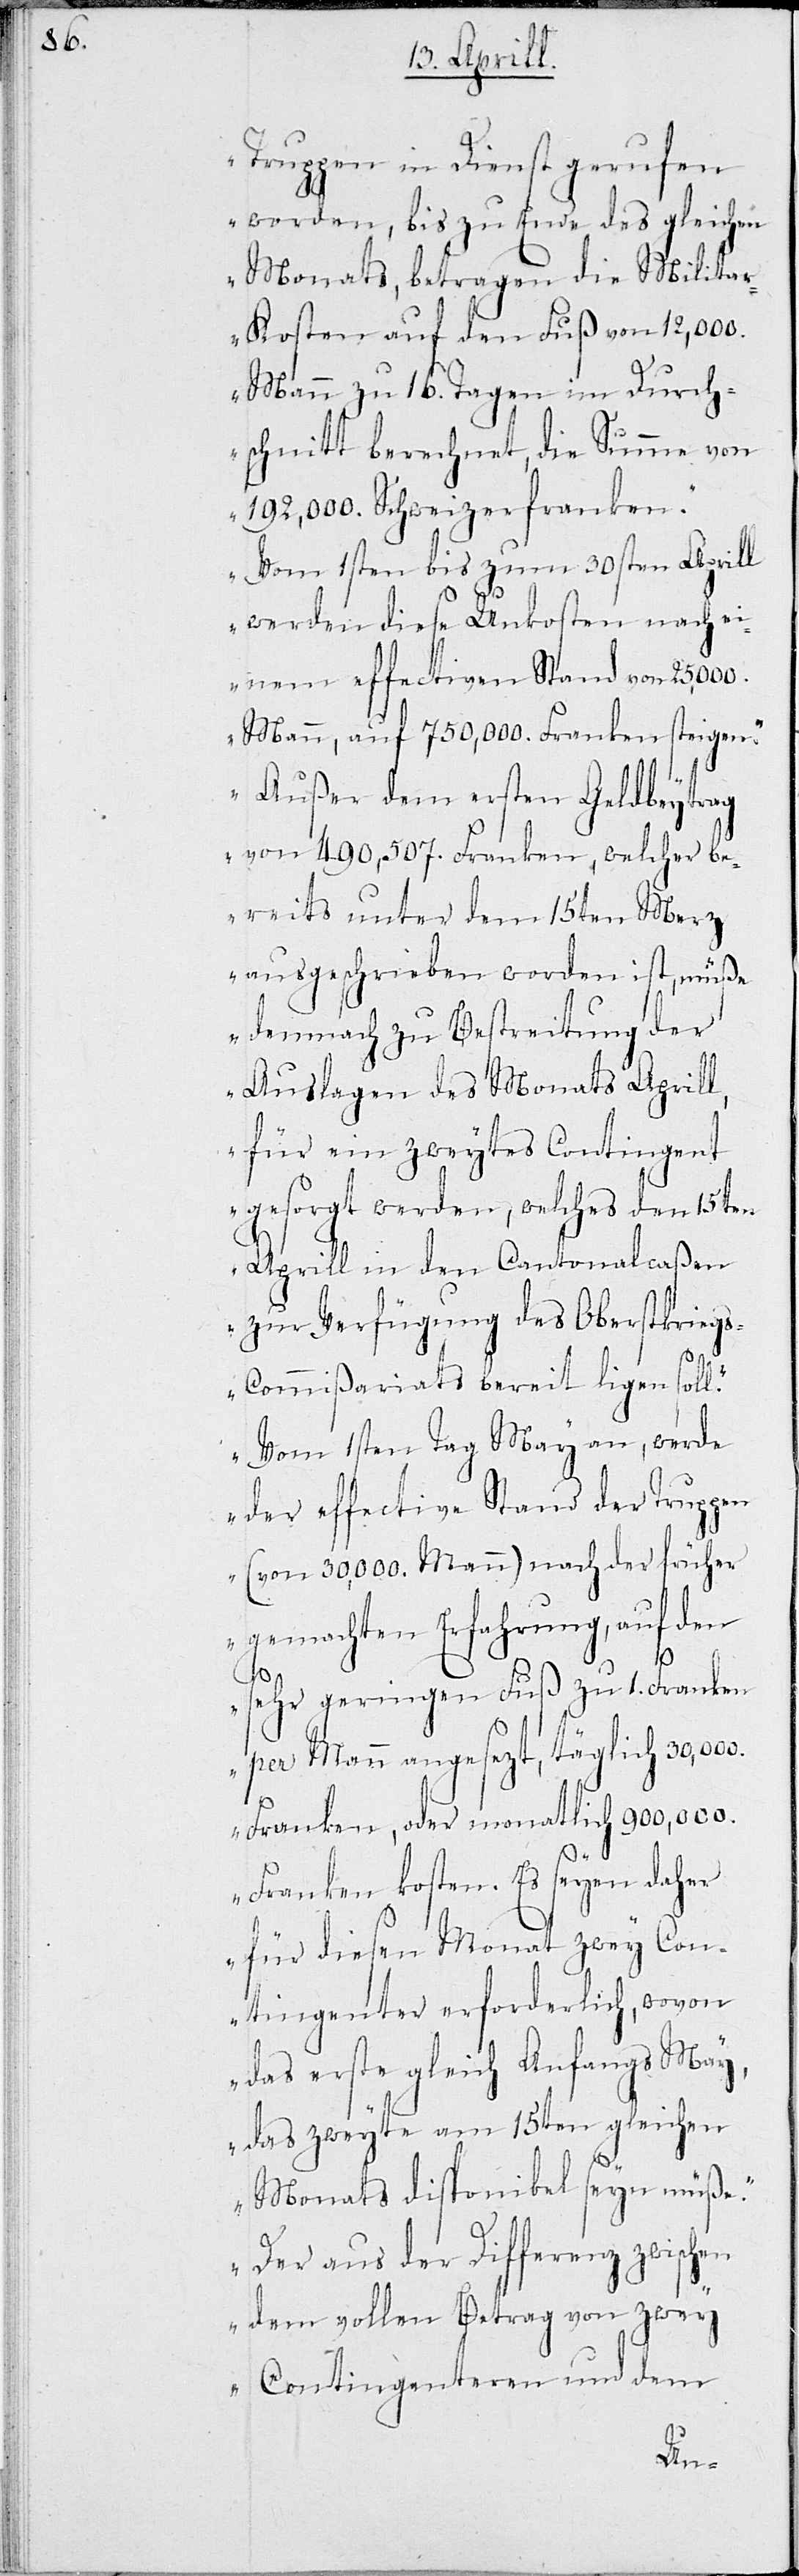
Truppen in Dienst gerufen
worden, bis zu Ende des gleichen
Monats, betragen die Milita¬
r-Kosten auf den Fuß von 12,000
Mann zu 16 Tagen im Durch¬
schnitt berechnet, die Summe von
192,000. Schweizerfranken.
Vom 1sten bis zum 30sten Aprill
werden diese Unkosten nach ei¬
nem effectiven Stand von 25,000.
Mann, auf 750,000. Franken steigen.
Außer dem ersten Geldbeytrag
von 490,507. Franken, welcher be¬
reits unter dem 15ten Merz
ausgeschrieben worden ist, müße
demnach zu Bestreitung der
Auslagen des Monats Aprill,
für ein zweytes Contingent
gesorgt werden, welches den 15ten
Aprill in den Cantonalcaßen
zur Verfügung des Oberstkrieg¬
s-Commißariats bereit liegen soll.
Vom 1sten May an, werde
der effective Stand der Truppen
(von 30,000. Mann) nach der früher
gemachten Erfahrung, auf den
sehr geringen Fuß zu 1. Franken
pro Mann angesetzt, täglich
Franken, oder monatlich 900,000.
Franken kosten. Es seyen daher
für diesen Monat zwey Con¬
tingenter erforderlich, wovon
das erste gleich Anfangs May,
das zweite am 15ten gleichen
Monats disponibel seyn müße.
Der aus der Differenz zwischen
dem vollen Betrag von zwey
Contingenteren und dem